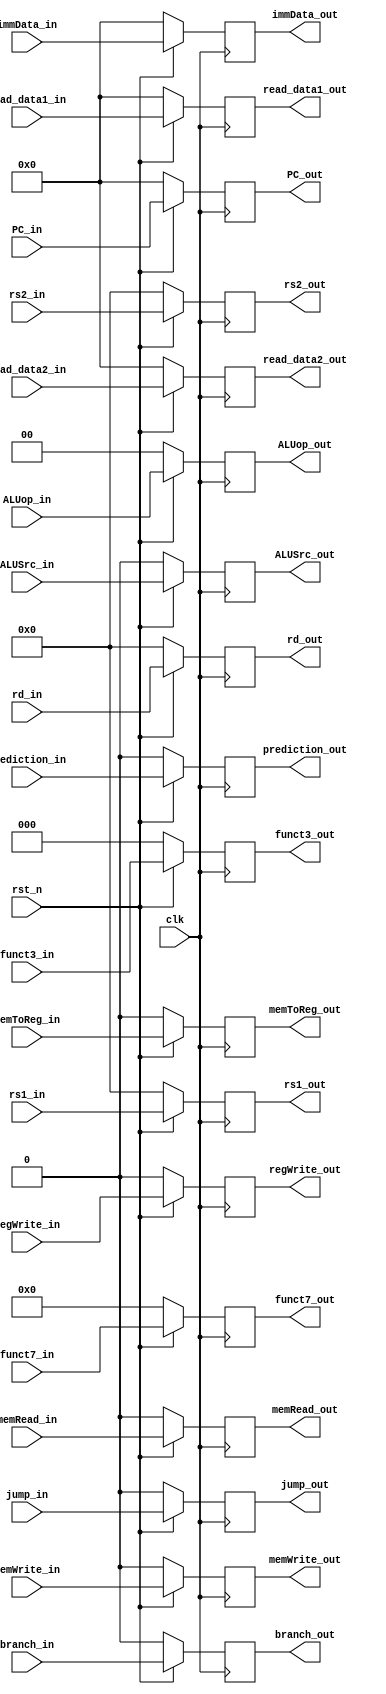
`timescale 1ns / 1ps
//////////////////////////////////////////////////////////////////////////////////
// Company: 
// Engineer: 
// 
// Design Name: 
// Module Name: ID_EX_PipelineReg
// Project Name: 
// Target Devices: 
// Tool Versions: 
// Description: 
// 
// Dependencies: 
// 
// Revision:
// Revision 0.01 - File Created
// Additional Comments:
// 
//////////////////////////////////////////////////////////////////////////////////


module ID_EX_PipelineReg(
    input clk,
    input rst_n,
    input ALUSrc_in,
    input [1:0] ALUop_in,
    input branch_in,
    input jump_in,
    input memRead_in,
    input memWrite_in,
    input memToReg_in,
    input regWrite_in,
    input [31:0] read_data1_in,
    input [31:0] read_data2_in,
    input [4:0] rs1_in,
    input [4:0] rs2_in,
    input [4:0] rd_in,
    input [31:0] immData_in,
    input [6 : 0] funct7_in,
    input [2 : 0] funct3_in,
    input [31 : 0] PC_in,
    input prediction_in,
    output ALUSrc_out,
    output [1:0] ALUop_out,
    output branch_out,
    output jump_out,
    output memRead_out,
    output memWrite_out,
    output memToReg_out,
    output regWrite_out,
    output [31:0] read_data1_out,
    output [31:0] read_data2_out,
    output [4:0] rs1_out,
    output [4:0] rs2_out,
    output [4:0] rd_out,
    output [31:0] immData_out,
    output [6 : 0] funct7_out,
    output [2 : 0] funct3_out,
    output [31 : 0] PC_out,
    output prediction_out
    );
    
    reg ALUSrc_save;
    reg [1:0] ALUop_save;
    reg branch_save;
    reg jump_save;
    reg memRead_save;
    reg memWrite_save;
    reg memToReg_save;
    reg regWrite_save;
    reg [31:0] read_data1_save;
    reg [31:0] read_data2_save;
    reg [4:0] rs1_save;
    reg [4:0] rs2_save;
    reg [4:0] rd_save;
    reg [31:0] immData_save;
    reg [6 : 0] funct7_save;
    reg [2 : 0] funct3_save;
    reg [31 : 0] PC_save;
    reg prediction_save;
    
    assign ALUSrc_out = ALUSrc_save;
    assign ALUop_out = ALUop_save;
    assign branch_out = branch_save;
    assign jump_out = jump_save;
    assign memRead_out = memRead_save;
    assign memWrite_out = memWrite_save;
    assign memToReg_out = memToReg_save;
    assign regWrite_out = regWrite_save;
    assign read_data1_out = read_data1_save;
    assign read_data2_out = read_data2_save;
    assign rs1_out = rs1_save;
    assign rs2_out = rs2_save;
    assign rd_out = rd_save;
    assign immData_out = immData_save;
    assign funct7_out = funct7_save;
    assign funct3_out = funct3_save;
    assign PC_out = PC_save;
    assign prediction_out = prediction_save;
    
    always@(posedge clk)
    begin
        if(rst_n == 1'b0)
        begin
            ALUSrc_save <= 1'b0;
            ALUop_save <= 2'b00;
            branch_save <= 1'b0;
            jump_save <= 1'b0;
            memRead_save <= 1'b0;
            memWrite_save <= 1'b0;
            memToReg_save <= 1'b0;
            regWrite_save <= 1'b0;
            read_data1_save <= 0;
            read_data2_save <= 0;
            rs1_save <= 0;
            rs2_save <= 0;
            rd_save <= 0;
            immData_save <= 0;
            funct7_save <= 0;
            funct3_save <= 0;
            PC_save <= 0;
            prediction_save <= 1'b0;
        end
        
        else
        begin
            ALUSrc_save <= ALUSrc_in;
            ALUop_save <= ALUop_in;
            branch_save <= branch_in;
            jump_save <= jump_in;
            memRead_save <= memRead_in;
            memWrite_save <= memWrite_in;
            memToReg_save <= memToReg_in;
            regWrite_save <= regWrite_in;
            read_data1_save <= read_data1_in;
            read_data2_save <= read_data2_in;
            rs1_save <= rs1_in;
            rs2_save <= rs2_in;
            rd_save <= rd_in;
            immData_save <= immData_in;
            funct7_save <= funct7_in;
            funct3_save <= funct3_in;
            PC_save <= PC_in;
            prediction_save <= prediction_in;
        end
    end
    
endmodule